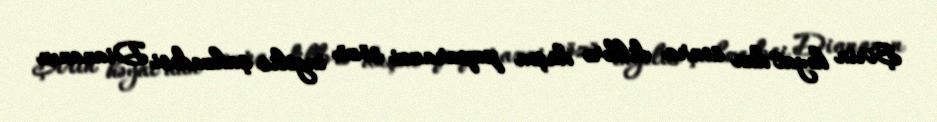
Şirin həyat"dan sonra dillərə düşən paparazzi sözü ingilis şahzadəsi Diananın